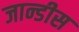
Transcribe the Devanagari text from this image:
जान्डीस